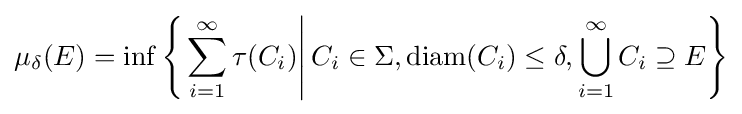
\mu _{\delta }(E)=\inf \left\{\left.\sum _{i=1}^{\infty }\tau (C_{i})\right|C_{i}\in \Sigma ,\operatorname {diam} (C_{i})\leq \delta ,\bigcup _{i=1}^{\infty }C_{i}\supseteq E\right\}